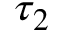
\tau _ { 2 }